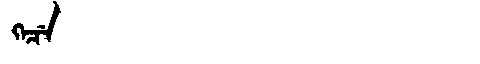
Manchu: ᡴᡝᠴᡝ
Romanization: KECE